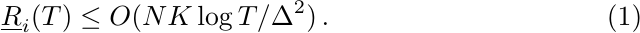
    \begin{align}
        \underline{R}_i(T) \le
        O(NK\log T/\Delta^2) \,.
    \end{align}